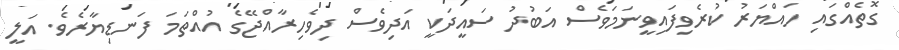
ގޮތެއްގައި ހައްޔަރު ކުރެވިފައިވީނަމަވެސް އަބުދު ސައީދަކީ އަދިވެސް ދިވެހިރާއްޖޭގެ އުއްތަމަ ފަނޑިޔާރެވެ. އަލީ